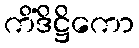
ကိံဒိဋ္ဌိကော